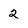
Character: 2